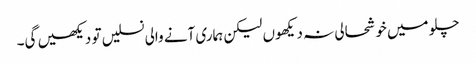
چلو میں خوشحالی نہ دیکھوں لیکن ہماری آنے والی نسلیں تو دیکھیں گی۔